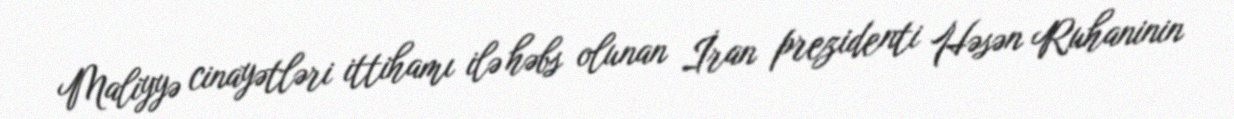
Maliyyə cinayətləri ittihamı ilə həbs olunan İran prezidenti Həsən Ruhaninin